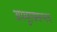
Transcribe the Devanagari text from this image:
आमूरवरूनच